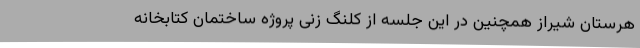
هرستان شیراز همچنین در این جلسه از کلنگ زنی پروژه ساختمان کتابخانه